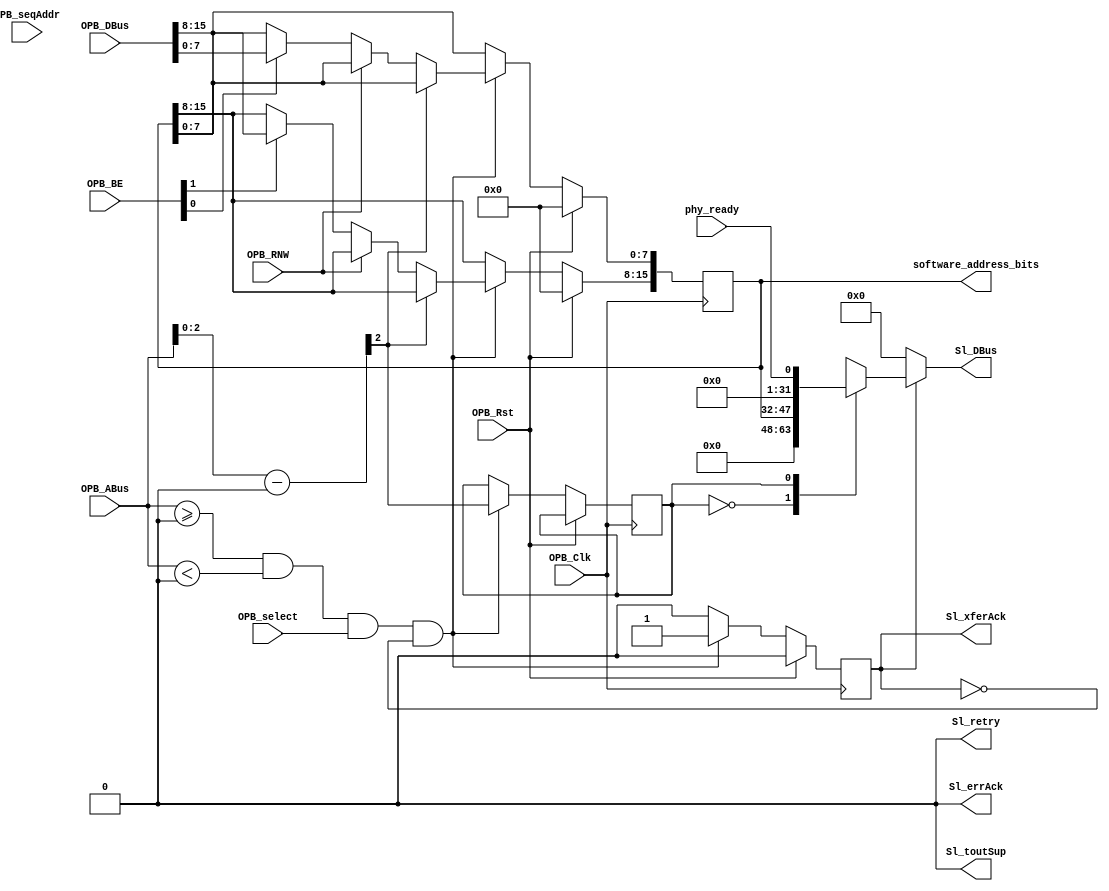
module ctrl_opb_attach #(
    parameter C_BASEADDR     = 0,
    parameter C_HIGHADDR     = 0,
    parameter C_OPB_AWIDTH   = 32,
    parameter C_OPB_DWIDTH   = 32
  ) (
    input  OPB_Clk,
    input  OPB_Rst,
    output [0:31] Sl_DBus,
    output Sl_errAck,
    output Sl_retry,
    output Sl_toutSup,
    output Sl_xferAck,
    input  [0:31] OPB_ABus,
    input  [0:3]  OPB_BE,
    input  [0:31] OPB_DBus,
    input  OPB_RNW,
    input  OPB_select,
    input  OPB_seqAddr,
    output [15:0] software_address_bits,
    input  phy_ready
  );


  /************************** Registers *******************************/

  localparam REG_SOFTADDR = 0;
  /* Stores the software controlled dram address bits.
   * Only a limited amount of memory can be mapped to the DRAM on ROACH
   * which necessitates the use of the MSBs of the DRAM address to be control
   * by an indirect software register
   */
  localparam REG_PHYREADY = 1;

  /**************** Control Registers OPB Attachment ******************/
  
  /* OPB Address Decoding */
  wire [31:0] opb_addr = OPB_ABus - C_BASEADDR;
  wire opb_sel = (OPB_ABus >= C_BASEADDR && OPB_ABus < C_HIGHADDR) && OPB_select;


  /* OPB Registers */
  reg Sl_xferAck_reg;
  reg [15:0] soft_addr_reg;
  reg opb_data_sel;

  always @(posedge OPB_Clk) begin
    Sl_xferAck_reg <= 1'b0;

    if (OPB_Rst) begin
      soft_addr_reg <= 16'b0;
    end else begin
      if (opb_sel && !Sl_xferAck_reg) begin
        Sl_xferAck_reg <= 1'b1;
        opb_data_sel        <= opb_addr[2:2];

        case (opb_addr[2:2])  /* convert byte to word addressing */
          REG_SOFTADDR: begin
            if (!OPB_RNW) begin
              if (OPB_BE[3])
                soft_addr_reg[7:0]  <= OPB_DBus[24:31];
              if (OPB_BE[2])
                soft_addr_reg[15:8] <= OPB_DBus[16:23];
            end
          end
        endcase
      end
    end
  end

  /* Continuous Read Logic */
  reg [0:31] Sl_DBus_reg;

  always @(*) begin
    if (Sl_xferAck_reg) begin
      case (opb_data_sel) 
        REG_SOFTADDR: begin
          Sl_DBus_reg <= {16'h0, soft_addr_reg};
        end
        REG_PHYREADY: begin
          Sl_DBus_reg <= {31'h0, phy_ready};
        end
        default: begin
          Sl_DBus_reg <= 32'h0;
        end
      endcase
    end else begin
      Sl_DBus_reg <= 32'b0;
    end
  end

  /* OPB output assignments */

  assign Sl_errAck   = 1'b0;
  assign Sl_retry    = 1'b0;
  assign Sl_toutSup  = 1'b0;
  assign Sl_xferAck  = Sl_xferAck_reg;
  assign Sl_DBus     = Sl_DBus_reg;

  /* */
  assign software_address_bits = soft_addr_reg;

endmodule